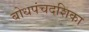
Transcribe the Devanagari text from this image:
बोधपंचदशिका